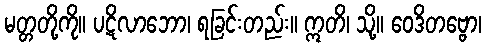
မတ္တတို့ကို။ ပဋိလာဘော၊ ရခြင်းတည်း။ ဣတိ၊ သို့။ ဝေဒိတဗ္ဗော၊